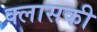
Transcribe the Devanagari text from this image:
क्लासकी